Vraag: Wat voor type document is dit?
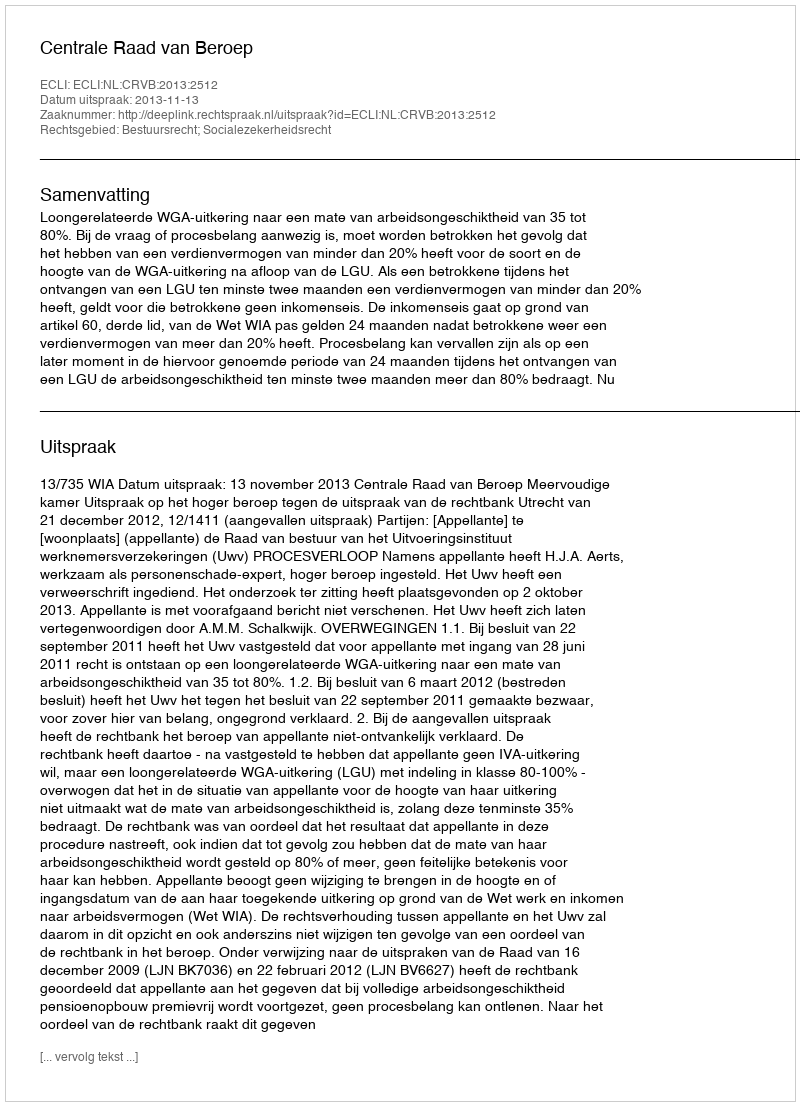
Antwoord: Uitspraak